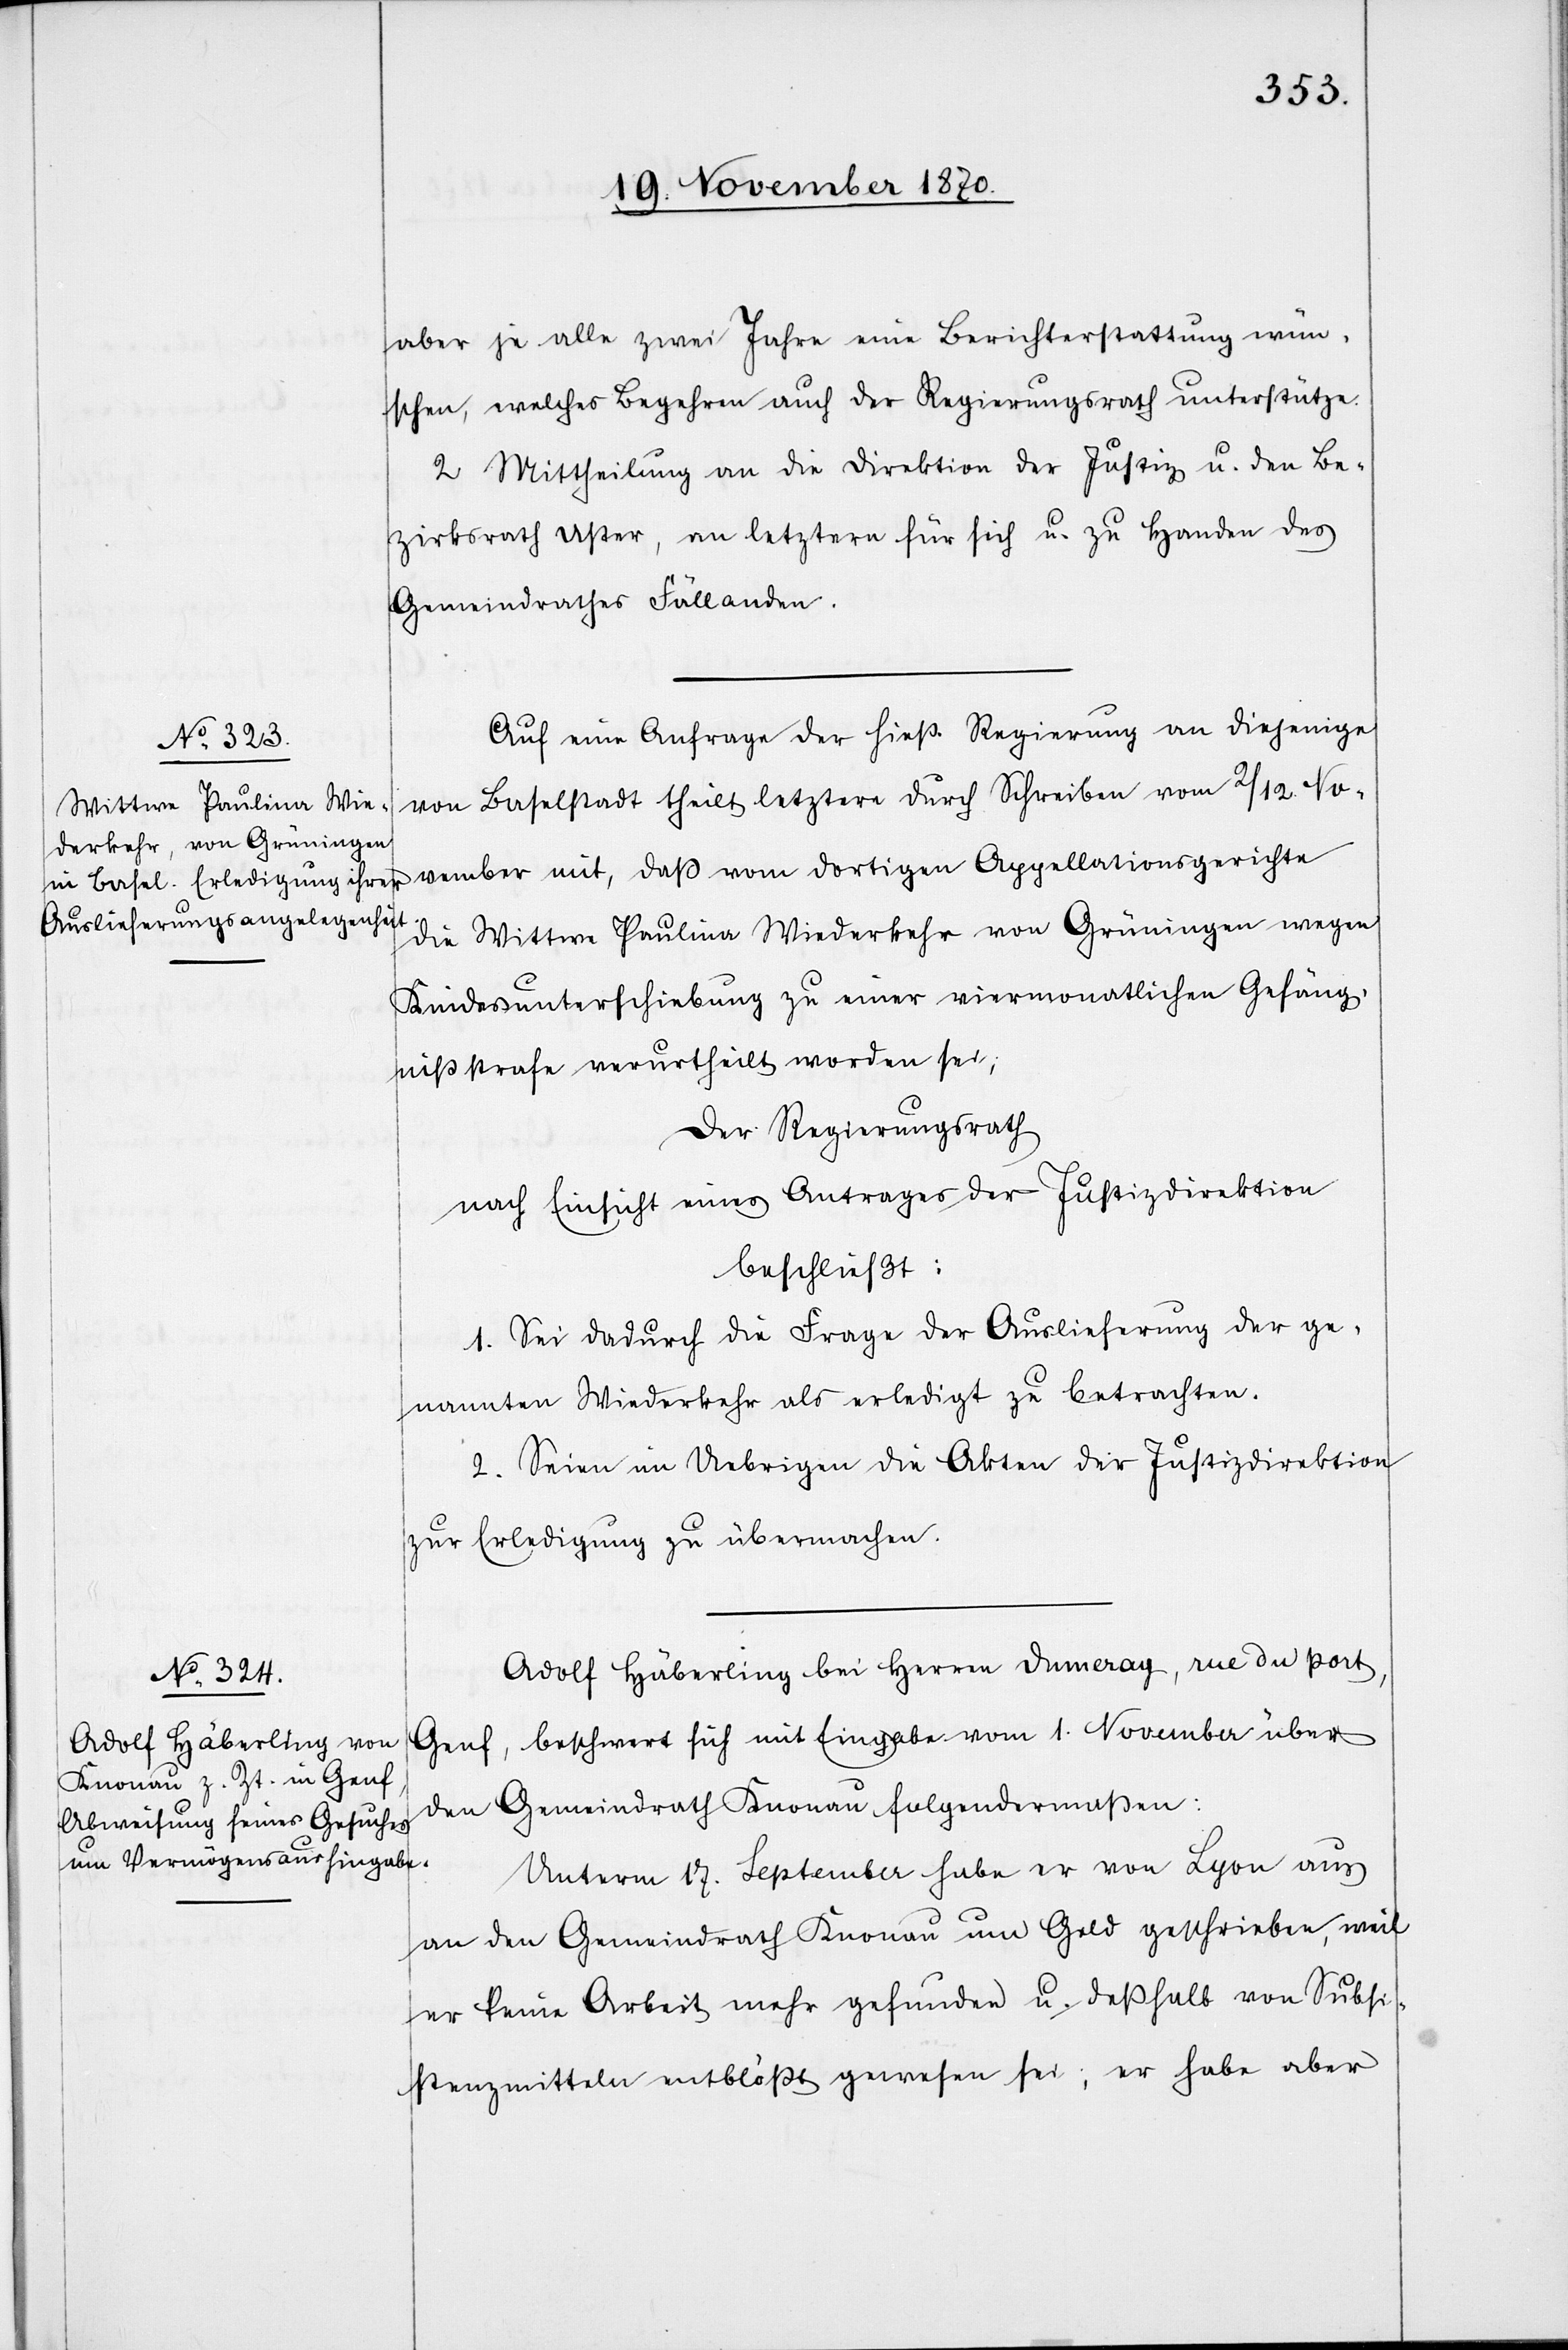
aber je alle zwei Jahre eine Berichterstattung wün¬
schen, welches Begehren auch der Regierungsrath unterstütze.
2. Mittheilung an die Direktion der Justiz u. den Be¬
zirksrath Uster, an letztern für sich u. zu Handen des
Gemeindrathes Fällanden.
Auf eine Anfrage der hieß. Regierung an diejenige
von Baselstadt theilt letztere durch Schreiben vom 2 / 12 No¬
vember mit, daß vom dortigen Appellationsgerichte
die Wittwe Paulina Wiederkehr von Grüningen wegen
Kindesunterschiebung zu einer viermonatlichen Gefäng¬
nißstrafe verurtheilt worden sei;
Der Regierungsrath
nach Einsicht eines Antrages der Justizdirektion
beschließt:
1. Sei dadurch die Frage der Auslieferung der ge¬
nannten Wiederkehr als erledigt zu betrachten.
2. Seien im Uebrigen die Akten der Justizdirektion
zur Erledigung zu übermachen.
Adolf Häberling bei Herren Dumerag, rue du port,
Genf, beschwert sich mit Eingabe vom 1. November über
den Gemeindrath Knonau folgendermaßen:
Unterm 17. September habe er von Lyon aus
an den Gemeindrath Knonau um Geld geschrieben, weil
er keine Arbeit mehr gefunden u. deßhalb von Subsi¬
stenzmitteln entblößt gewesen sei; er habe aber